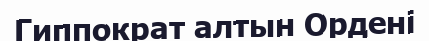
Гиппократ алтын Ордені